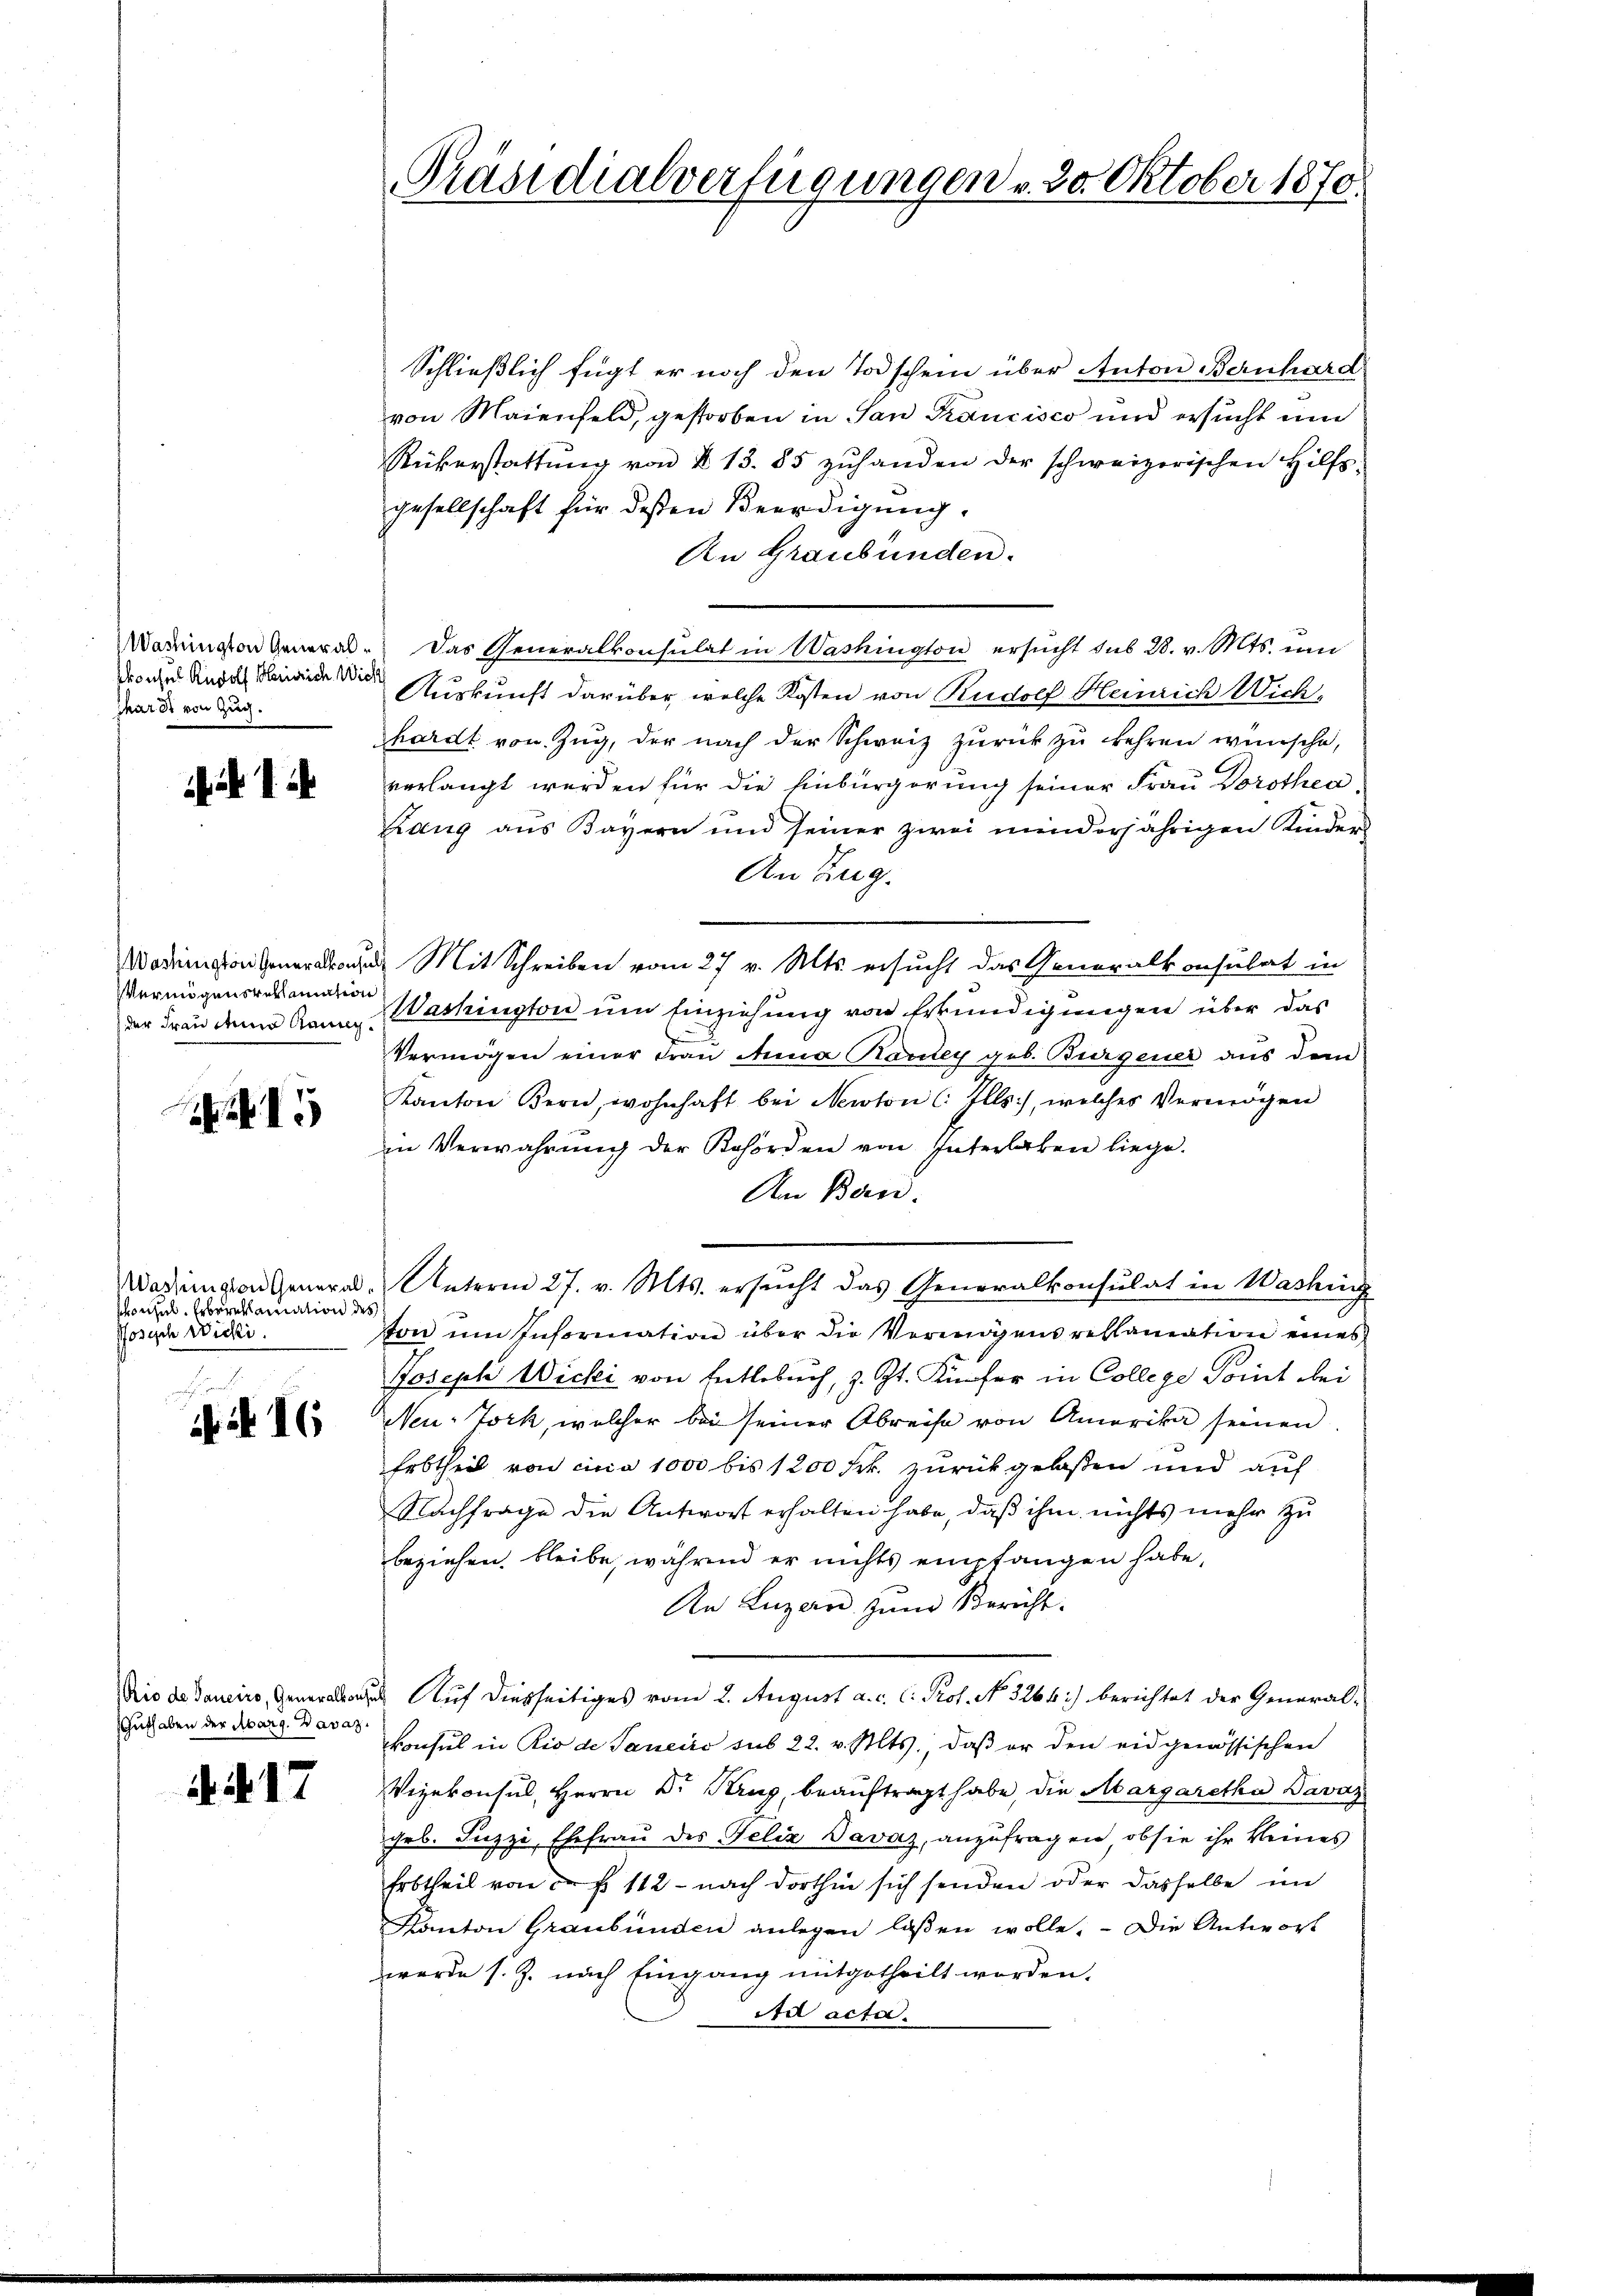
Washington Generalskonses Rudolf Heinrich Wi
shar ds von Zug.

1.

Washington Generalkons
Vermögensbeklamation
der Frau den Rauneg

5

Washington General
schon zur Erbereklamation d
Posisch Wicki.

m
ifif. 16

Rio de Sanciro, Generalkons
Guthaben der Abarg. Davaz.

417

Präsidialverfügungen v. 30. Oktober 1870.

Schließlich fügt er noch den Todschein über Anton Bernhard
von Maienfeld, gestorben in San Krancisco und ersucht und
Rükerstattŭng von § 13. 85 zŭhanden der schweizerischen Hilfs-
gesellschaft für dessen Beerdigung.
An Graubünden.
Das Generalkonsulat in Washington ersucht sub 28. v. Mts. um
d
Auskunft darüber, welche Kosten von Rudolf Heinrich Wich-
hardt von Zug, der nach der Schweiz zurück zu kehren wünsche,
verlangt werden für die Einbürgerung seiner Frau Dorothea
Rang aus Bayern und seiner zwei minderjährigen Kinder-
An Zug.
2. Mit Schreiben vom 27 v. Mts. ersucht das Generalkonsulat in
Washington um Einziehung von Erkundigungen über das
Vermögen einer Frau Anna Karley geb. Burgener aus dem
Kanton Bern, wohnhaft bei Newton (: Ills), welches Vermögen
in Verwahrŭng der Behörden von Interlaken liege.
An Bern.
Unterm 27. v. Mts. ersŭcht das Generalkonsulat in Washing
von im Information über die Vermögensressamation eines
Joseph Wicki von Entlebuch, z. Zt. Küfer in College Point bei
Neu-Jork, welcher bei seiner Abreise von Amerika seinen
Erbtheil von cina 1000 bis 1200 Frk. zurückgelaßen und auf
Nachfrage die Antwort erhalten habe, daß ihm nichts mehr zu
beziehen, bleibe, während er nichts empfangen habe,
An Luzern zum Bericht.
d. Auf diesseitiges vom 2. August a. c. l. Prof. No. 3264) berichtet der General-
konsul in Rio de Janeiro sub 22. v. Mts., daß er den eidgenössischen
Vizekonsul, Herrn Dr. Krug, beauftragt habe, die Aargaretha Davas
geb. Luzzi, Ehefrau des Felix Davaz, anzufragen, ob sie ihr keines
Erbtheil von c. fr. 112 - nach dorthin sich senden oder dasselbe im
Kanton Graubünden anlegen laßen wolle.  Die Antwort
wurde s. Z. nach Eingang mitgetheilt worden.
Au acta.